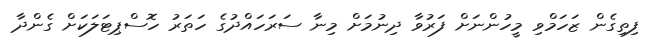
ފިތިގެން ޒަހަމްވި މީހުންނަށް ފަރުވާ ދިނުމަށް މިނާ ސަރަހައްދުގެ ހަތަރު ހޮސްޕިޓަލަކަށް ގެންދާ